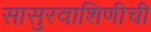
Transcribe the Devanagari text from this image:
सासुरवाशिणीची